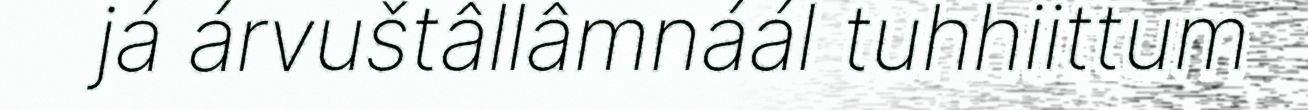
já árvuštâllâmnáál tuhhiittum